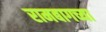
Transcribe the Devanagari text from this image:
रामबागच्या